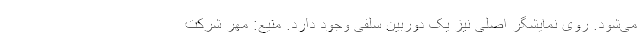
می‌شود. روی نمایشگر اصلی نیز یک دوربین سلفی وجود دارد. منیع: مهر شرکت